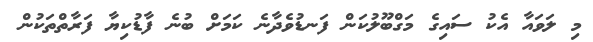
މި ލަވައާ އެކު ސައިގެ މަގްބޫލުކަން ފަނޑުވެދާނެ ކަމަށް ބުނެ ފާޑުކިޔާ ފަރާތްތަކުން